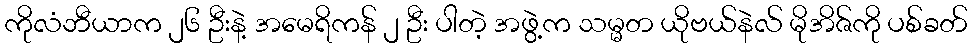
ကိုလံဘီယာက ၂၆ ဦးနဲ့ အမေရိကန် ၂ ဦး ပါတဲ့ အဖွဲ့က သမ္မတ ယိုဗယ်နဲလ် မိုအိဇ်ကို ပစ်ခတ်